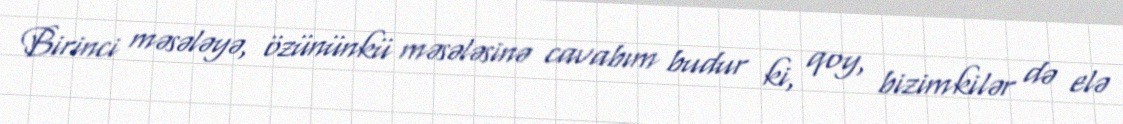
Birinci məsələyə, özününkü məsələsinə cavabım budur ki, qoy, bizimkilər də elə